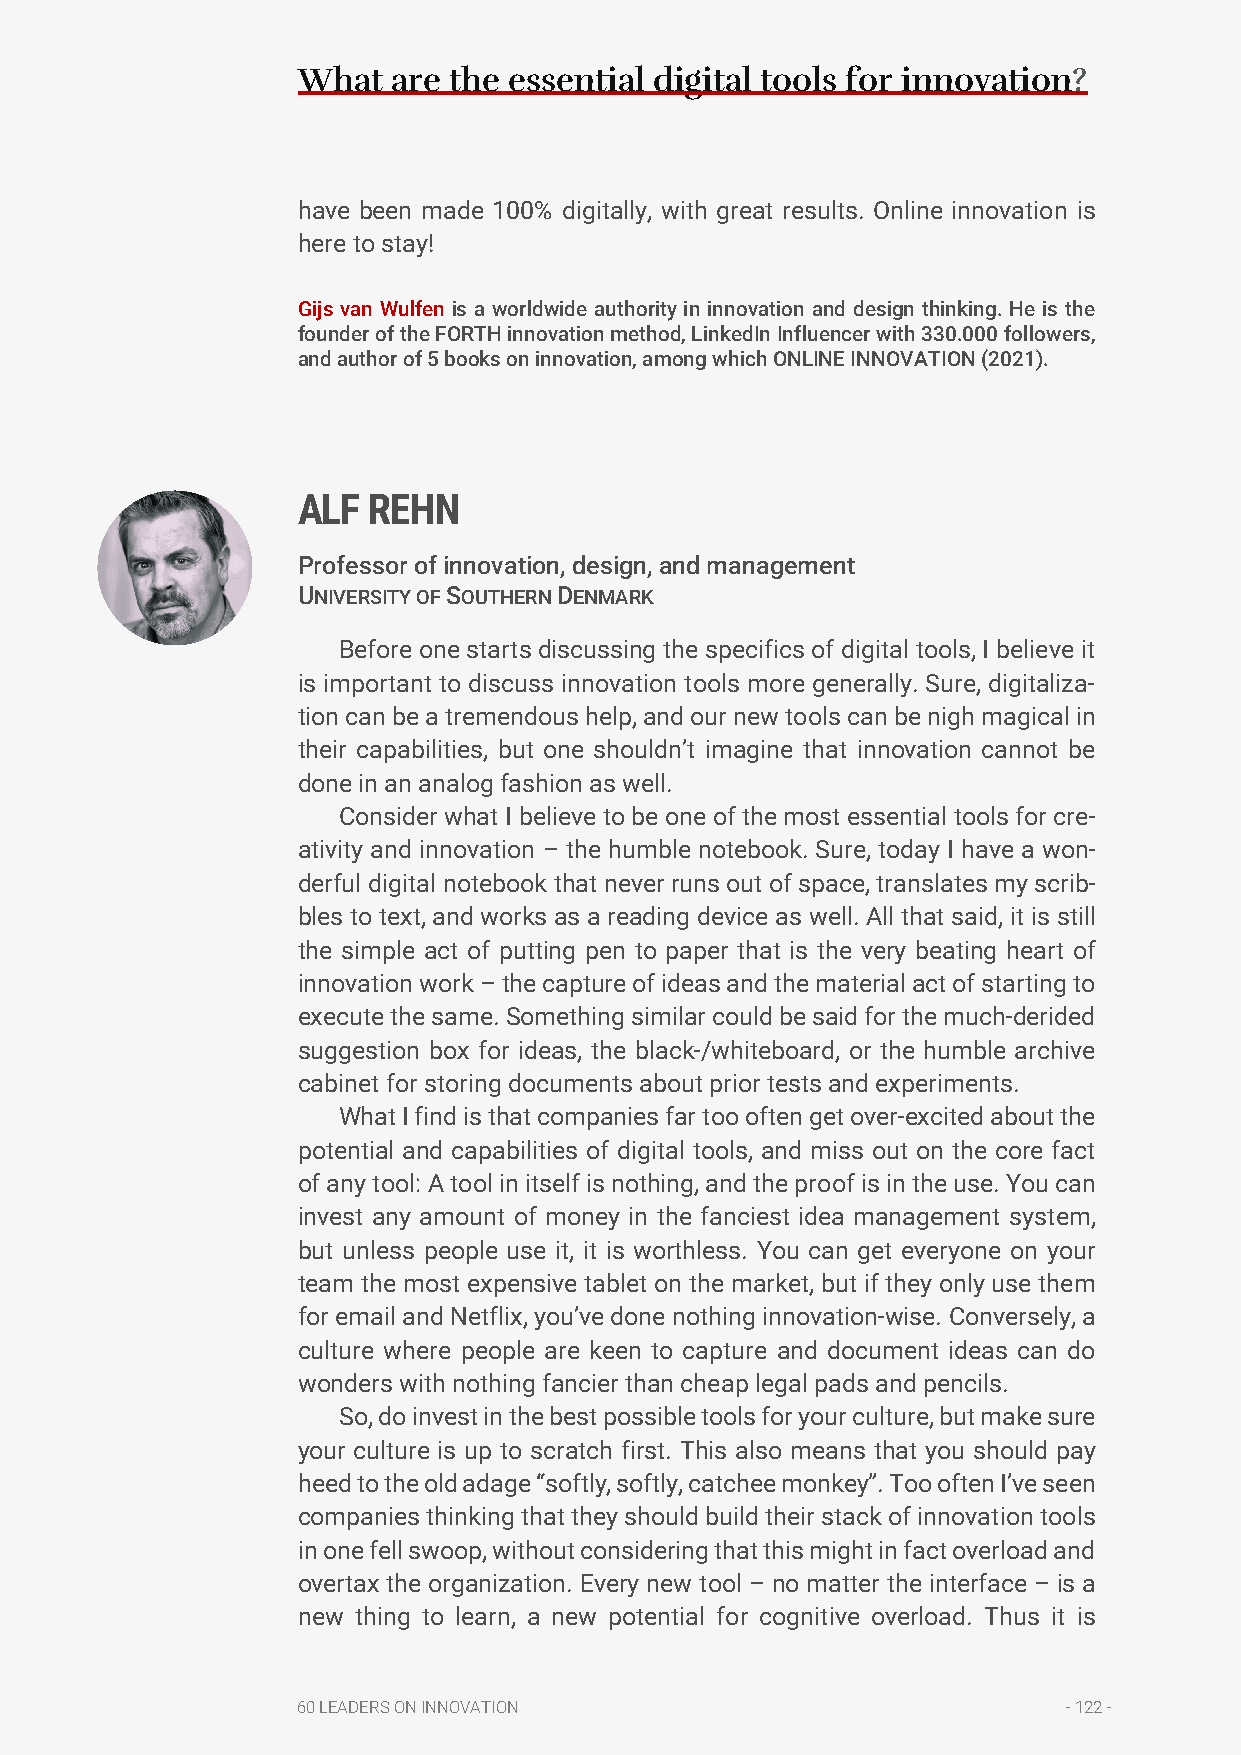
What  are the essential digital tools for innovation?
 have been made 100% digitally, with great results. Online innovation is
 here to stay!
 Gijs van Wulfen is a worldwide authority in innovation and design thinking. He is the
 founder of the FORTH innovation method, LinkedIn Influencer with 330.000 followers,
 and author of 5 books on innovation, among which ONLINE INNOVATION (2021).
 ALF REHN
 Professor of innovation, design, and management
 UNIVERSITY OF SOUTHERN DENMARK
 Before one starts discussing the specifics of digital tools, I believe it
 is important to discuss innovation tools more generally. Sure, digitaliza-
 tion can be a tremendous help, and our new tools can be nigh magical in
 their capabilities, but one shouldn’t imagine that innovation cannot be
 done in an analog fashion as well.
 Consider what I believe to be one of the most essential tools for cre-
 ativity and innovation – the humble notebook. Sure, today I have a won-
 derful digital notebook that never runs out of space, translates my scrib-
 bles to text, and works as a reading device as well. All that said, it is still
 the simple act of putting pen to paper that is the very beating heart of
 innovation work – the capture of ideas and the material act of starting to
 execute the same. Something similar could be said for the much-derided
 suggestion box for ideas, the black-/whiteboard, or the humble archive
 cabinet for storing documents about prior tests and experiments.
 What I find is that companies far too often get over-excited about the
 potential and capabilities of digital tools, and miss out on the core fact
 of any tool: A tool in itself is nothing, and the proof is in the use. You can
 invest any amount of money in the fanciest idea management system,
 but unless people use it, it is worthless. You can get everyone on your
 team the most expensive tablet on the market, but if they only use them
 for email and Netflix, you’ve done nothing innovation-wise. Conversely, a
 culture where people are keen to capture and document ideas can do
 wonders with nothing fancier than cheap legal pads and pencils.
 So, do invest in the best possible tools for your culture, but make sure
 your culture is up to scratch first. This also means that you should pay
 heed to the old adage “softly, softly, catchee monkey”. Too often I’ve seen
 companies thinking that they should build their stack of innovation tools
 in one fell swoop, without considering that this might in fact overload and
 overtax the organization. Every new tool – no matter the interface – is a
 new thing to learn, a new potential for cognitive overload. Thus it is
 60 LEADERS ON INNOVATION                           - 122 -